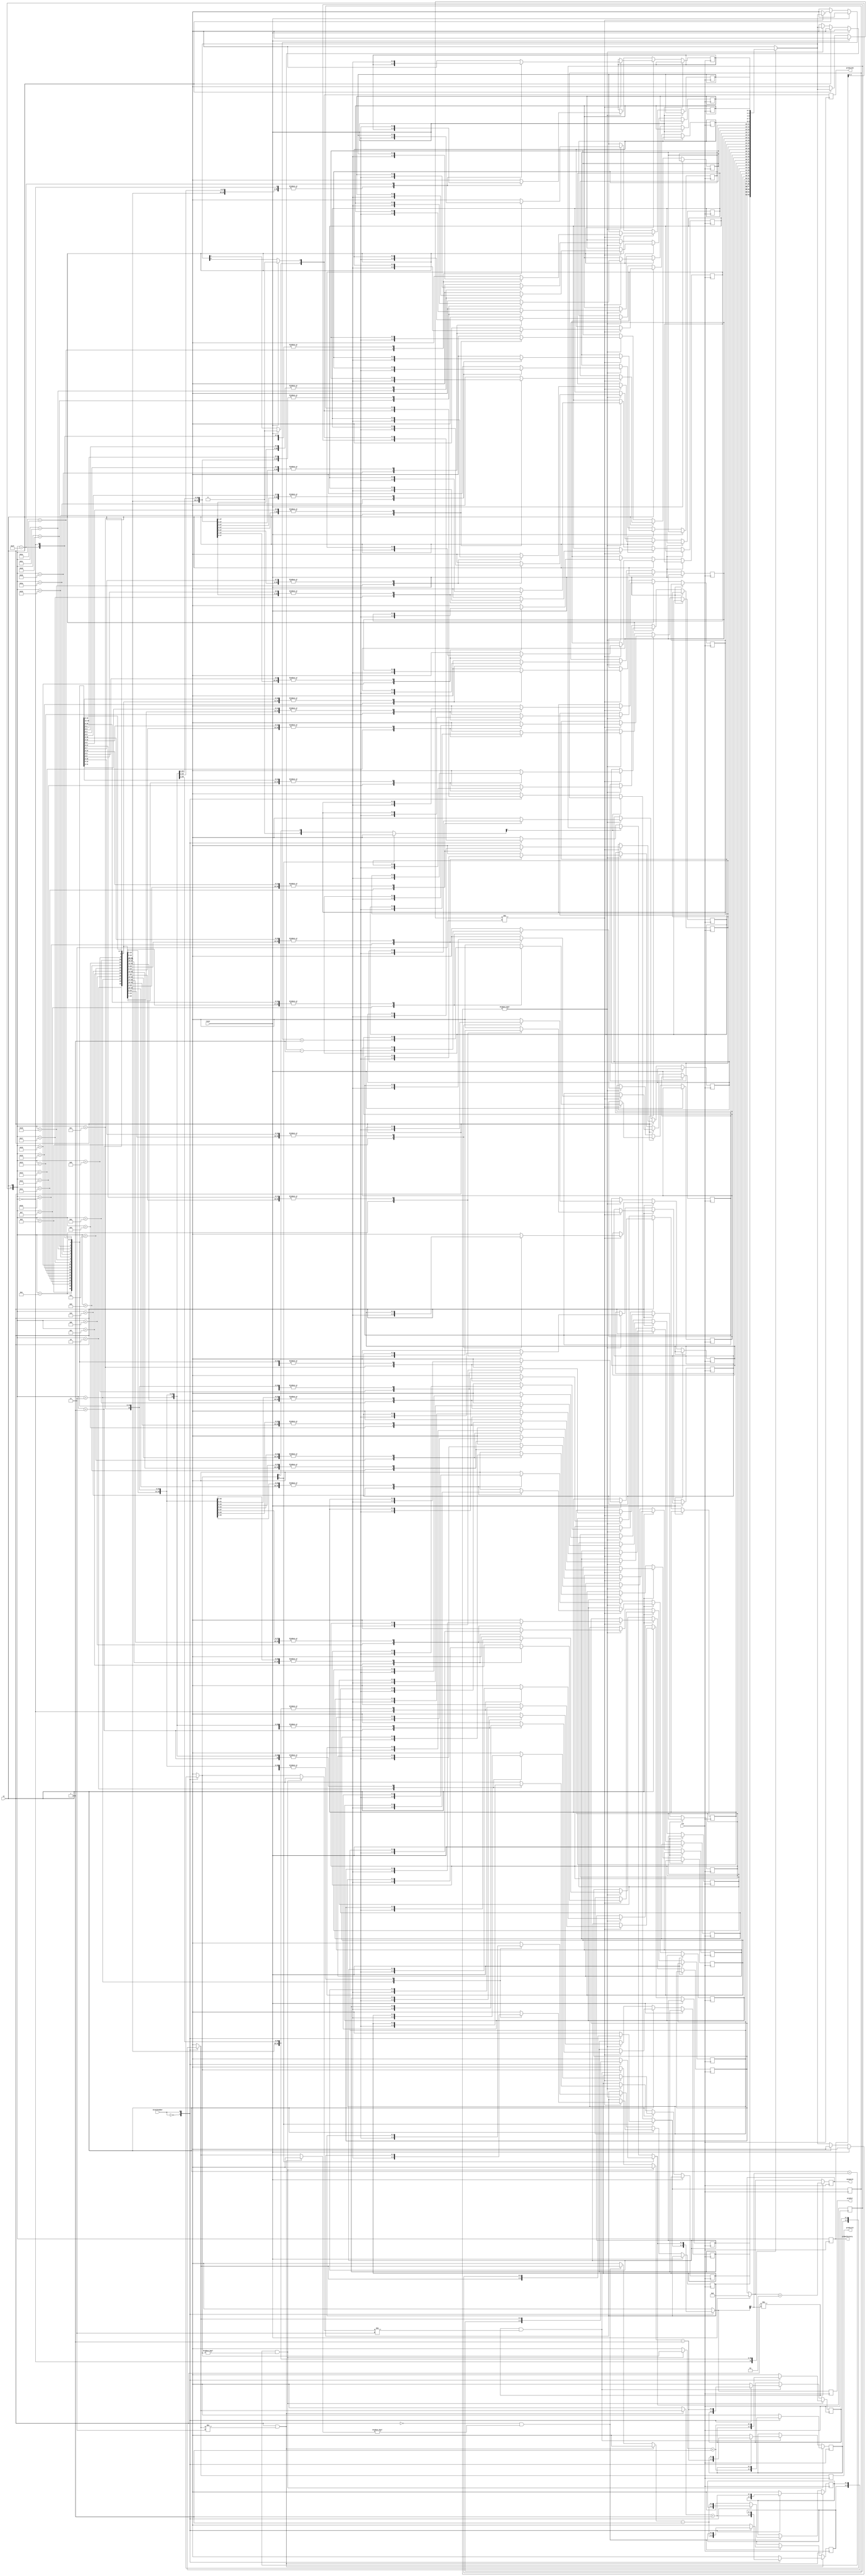
module tournament    (
predict52, 
predict2l, 
//predictorSelect,
predict,
mismatch,
globalhistory,
in,
branchnumber,
reset,
clk,  // clock input
);
//------------Input Ports-------------- 
input clk;
input in;
input branchnumber; 
input reset;
//------------Inermediate--------------
output reg[4:0] globalhistory = 0;
reg [1:0] lookup[0:31];
integer k;
reg [1:0] predictinternal2l [1:0];
reg [1:0] predictinternal [1:0];
//----------Output Ports--------------
output reg[1:0] predict52;
output reg[1:0] predict2l;
reg[1:0] predictorSelect[1:0];
output reg[1:0] predict;
output integer mismatch = 0;

initial
begin
for (k = 0; k < 32; k = k + 1)
begin
    lookup[k] = 2'b00;
end
predictinternal2l[0]=0;
predictinternal2l[1]=0;
predictinternal[0]=0;
predictinternal[1]=0;
predictorSelect[0] = 2'b00;
predictorSelect[1] = 2'b00;
end

always @(posedge clk) begin
//----------5,2 global history---------------
globalhistory[4] = globalhistory[3];
globalhistory[3] = globalhistory[2];
globalhistory[2] = globalhistory[1];
globalhistory[1] = globalhistory[0];
globalhistory[0] = in;

if (reset == 1) begin
	predict52[1] = 0;
	predict52[0] = 0;
	mismatch = 0;
	end
else if (in == 1) begin
	predict52 = lookup[globalhistory];
	if (lookup[globalhistory] != 2'b11)  
	lookup[globalhistory] = lookup[globalhistory] + 1;
	end
else if (in == 0) begin
	predict52 = lookup[globalhistory];
	if (lookup[globalhistory] != 2'b00) 
	lookup[globalhistory] = lookup[globalhistory] - 1;
	end

//predict52 = predictinternal[branchnumber];

//-------------------2-bit local history-------
predict2l = predictinternal2l[branchnumber];

if (in == 1 & predictinternal2l[branchnumber] != 2'b11) 
		predictinternal2l[branchnumber] = predictinternal2l[branchnumber] + 1;

else if (in == 0 & predictinternal2l[branchnumber] != 2'b00)
		predictinternal2l[branchnumber] = predictinternal2l[branchnumber] - 1;
	
//---2 bit saturating Counter to select predictor------------
// 0-> 5,2
// 1-> 2bit local

	if (predictorSelect[branchnumber][1] == 1)
		predictinternal[branchnumber] = predict2l;
	else if (predictorSelect[branchnumber][1] == 0)
		predictinternal[branchnumber] = predict52;

	predict = predictinternal[branchnumber];

	if (in == predict[1] & predictorSelect[branchnumber] != 2'b00)
		predictorSelect[branchnumber] = predictorSelect[branchnumber] + 1;

	else if (in != predict[1] & predictorSelect[branchnumber] != 2'b11) 
		predictorSelect[branchnumber] = predictorSelect[branchnumber] - 1;
	
//----------------------------------------------
if (in != predict[1])
	mismatch = mismatch+1;
end

endmodule